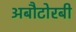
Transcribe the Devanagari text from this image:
अबौटोरबी